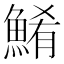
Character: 𲌹